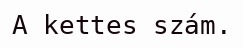
A kettes szám.